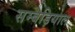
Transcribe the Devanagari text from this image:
सम्बड़ियाल